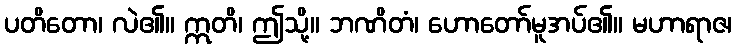
ပတိတော၊ လဲ၏။ ဣတိ၊ ဤသို့။ ဘဏိတံ၊ ဟောတော်မူအပ်၏။ မဟာရာဇ၊